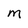
Character: M